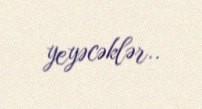
yeyəcəklər..